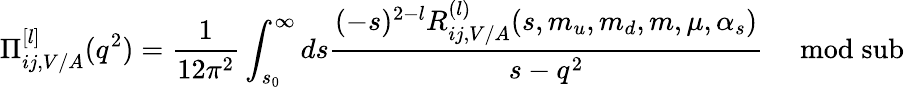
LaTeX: \displaystyle\Pi_{ij,V/A}^{[l]}(q^{2})=\frac{1}{12\pi^{2}}\int_{s_{0}}^{\infty}ds\frac{(-s)^{2-l}R_{ij,V/A}^{(l)}(s,m_{u},m_{d},m{},\mu,\alpha_{s})}{s-q^{2}}\ \ \ \; \; \mathrm{mod\; sub}